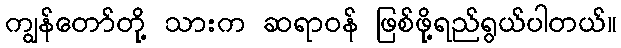
ကျွန်တော်တို့ သားက ဆရာဝန် ဖြစ်ဖို့ရည်ရွယ်ပါတယ်။